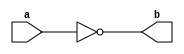
`timescale 1ns / 1ps
//////////////////////////////////////////////////////////////////////////////////
// Company: 
// Engineer: 
// 
// Design Name: 
// Module Name:    not_gate 
// Project Name: 
// Target Devices: 
// Tool versions: 
// Description: 
//
// Dependencies: 
//
// Revision: 
// Revision 0.01 - File Created
// Additional Comments: 
//
//////////////////////////////////////////////////////////////////////////////////
module not_gate(
    input a,
    output b
    );

assign b=~a;

endmodule